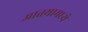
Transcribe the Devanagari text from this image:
आतयामध्ये